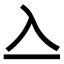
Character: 𠓛